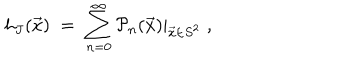
h _ { J } ( \vec { x } ) \; = \; \sum _ { n = 0 } ^ { \infty } \left. { \mathcal { P } } _ { n } ( \vec { x } ) \right| _ { \vec { x } \in S ^ { 2 } } \; ,